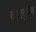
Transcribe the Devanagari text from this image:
वंडरवुमैन